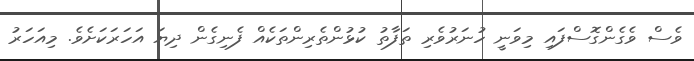
ވެސް ވެގެންގޮސްފައި މިވަނީ ހުނަރުވެރި ތަފާތު ކުޅުންތެރިންތަކެއް ފެނިގެން ދިޔަ އަހަރަކަށެވެ. މިއަހަރު